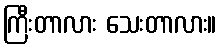
ကြီးတာလား သေးတာလား။